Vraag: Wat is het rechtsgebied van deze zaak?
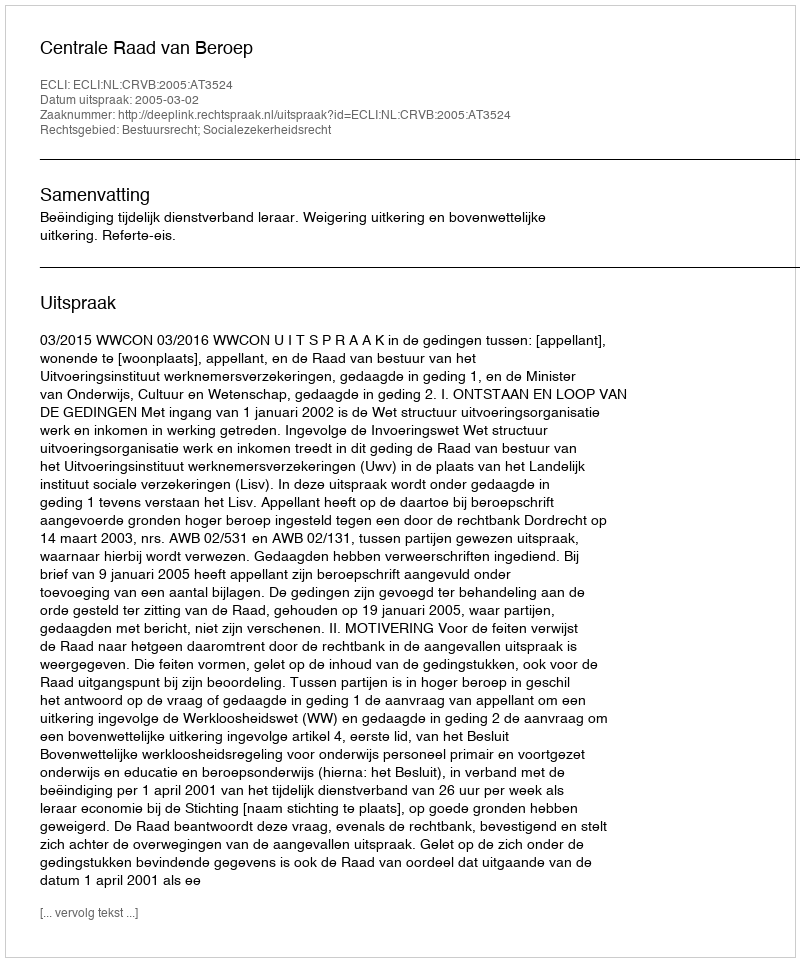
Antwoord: Bestuursrecht; Socialezekerheidsrecht